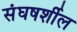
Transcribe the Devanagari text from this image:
संघषर्शील